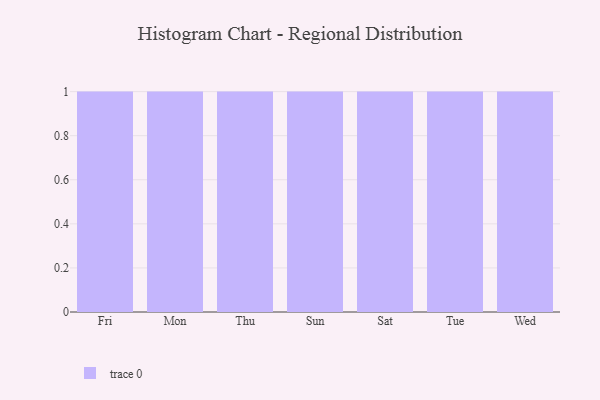
{"axis": {"x": "Day", "y": "Humidity (%)"}, "legend": [""], "data": [{"x": "Fri", "y": 9, "type": ""}, {"x": "Mon", "y": 33, "type": ""}, {"x": "Thu", "y": 54, "type": ""}, {"x": "Sun", "y": 25, "type": ""}, {"x": "Sat", "y": 69, "type": ""}, {"x": "Tue", "y": 53, "type": ""}, {"x": "Wed", "y": 32, "type": ""}]}